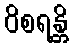
ဝိစရန္တိ